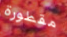
مقطورة